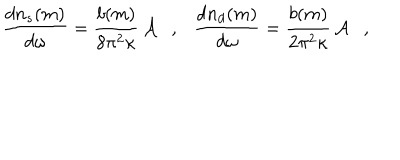
{ \frac { d n _ { s } ( m ) } { d \omega } } = { \frac { b ( m ) } { 8 \pi ^ { 2 } \kappa } } \, { \cal A } , { \frac { d n _ { d } ( m ) } { d \omega } } = { \frac { b ( m ) } { 2 \pi ^ { 2 } \kappa } } \, { \cal A } ,